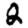
Digit: 2